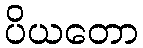
ပိယတော